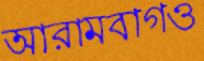
আরামবাগও